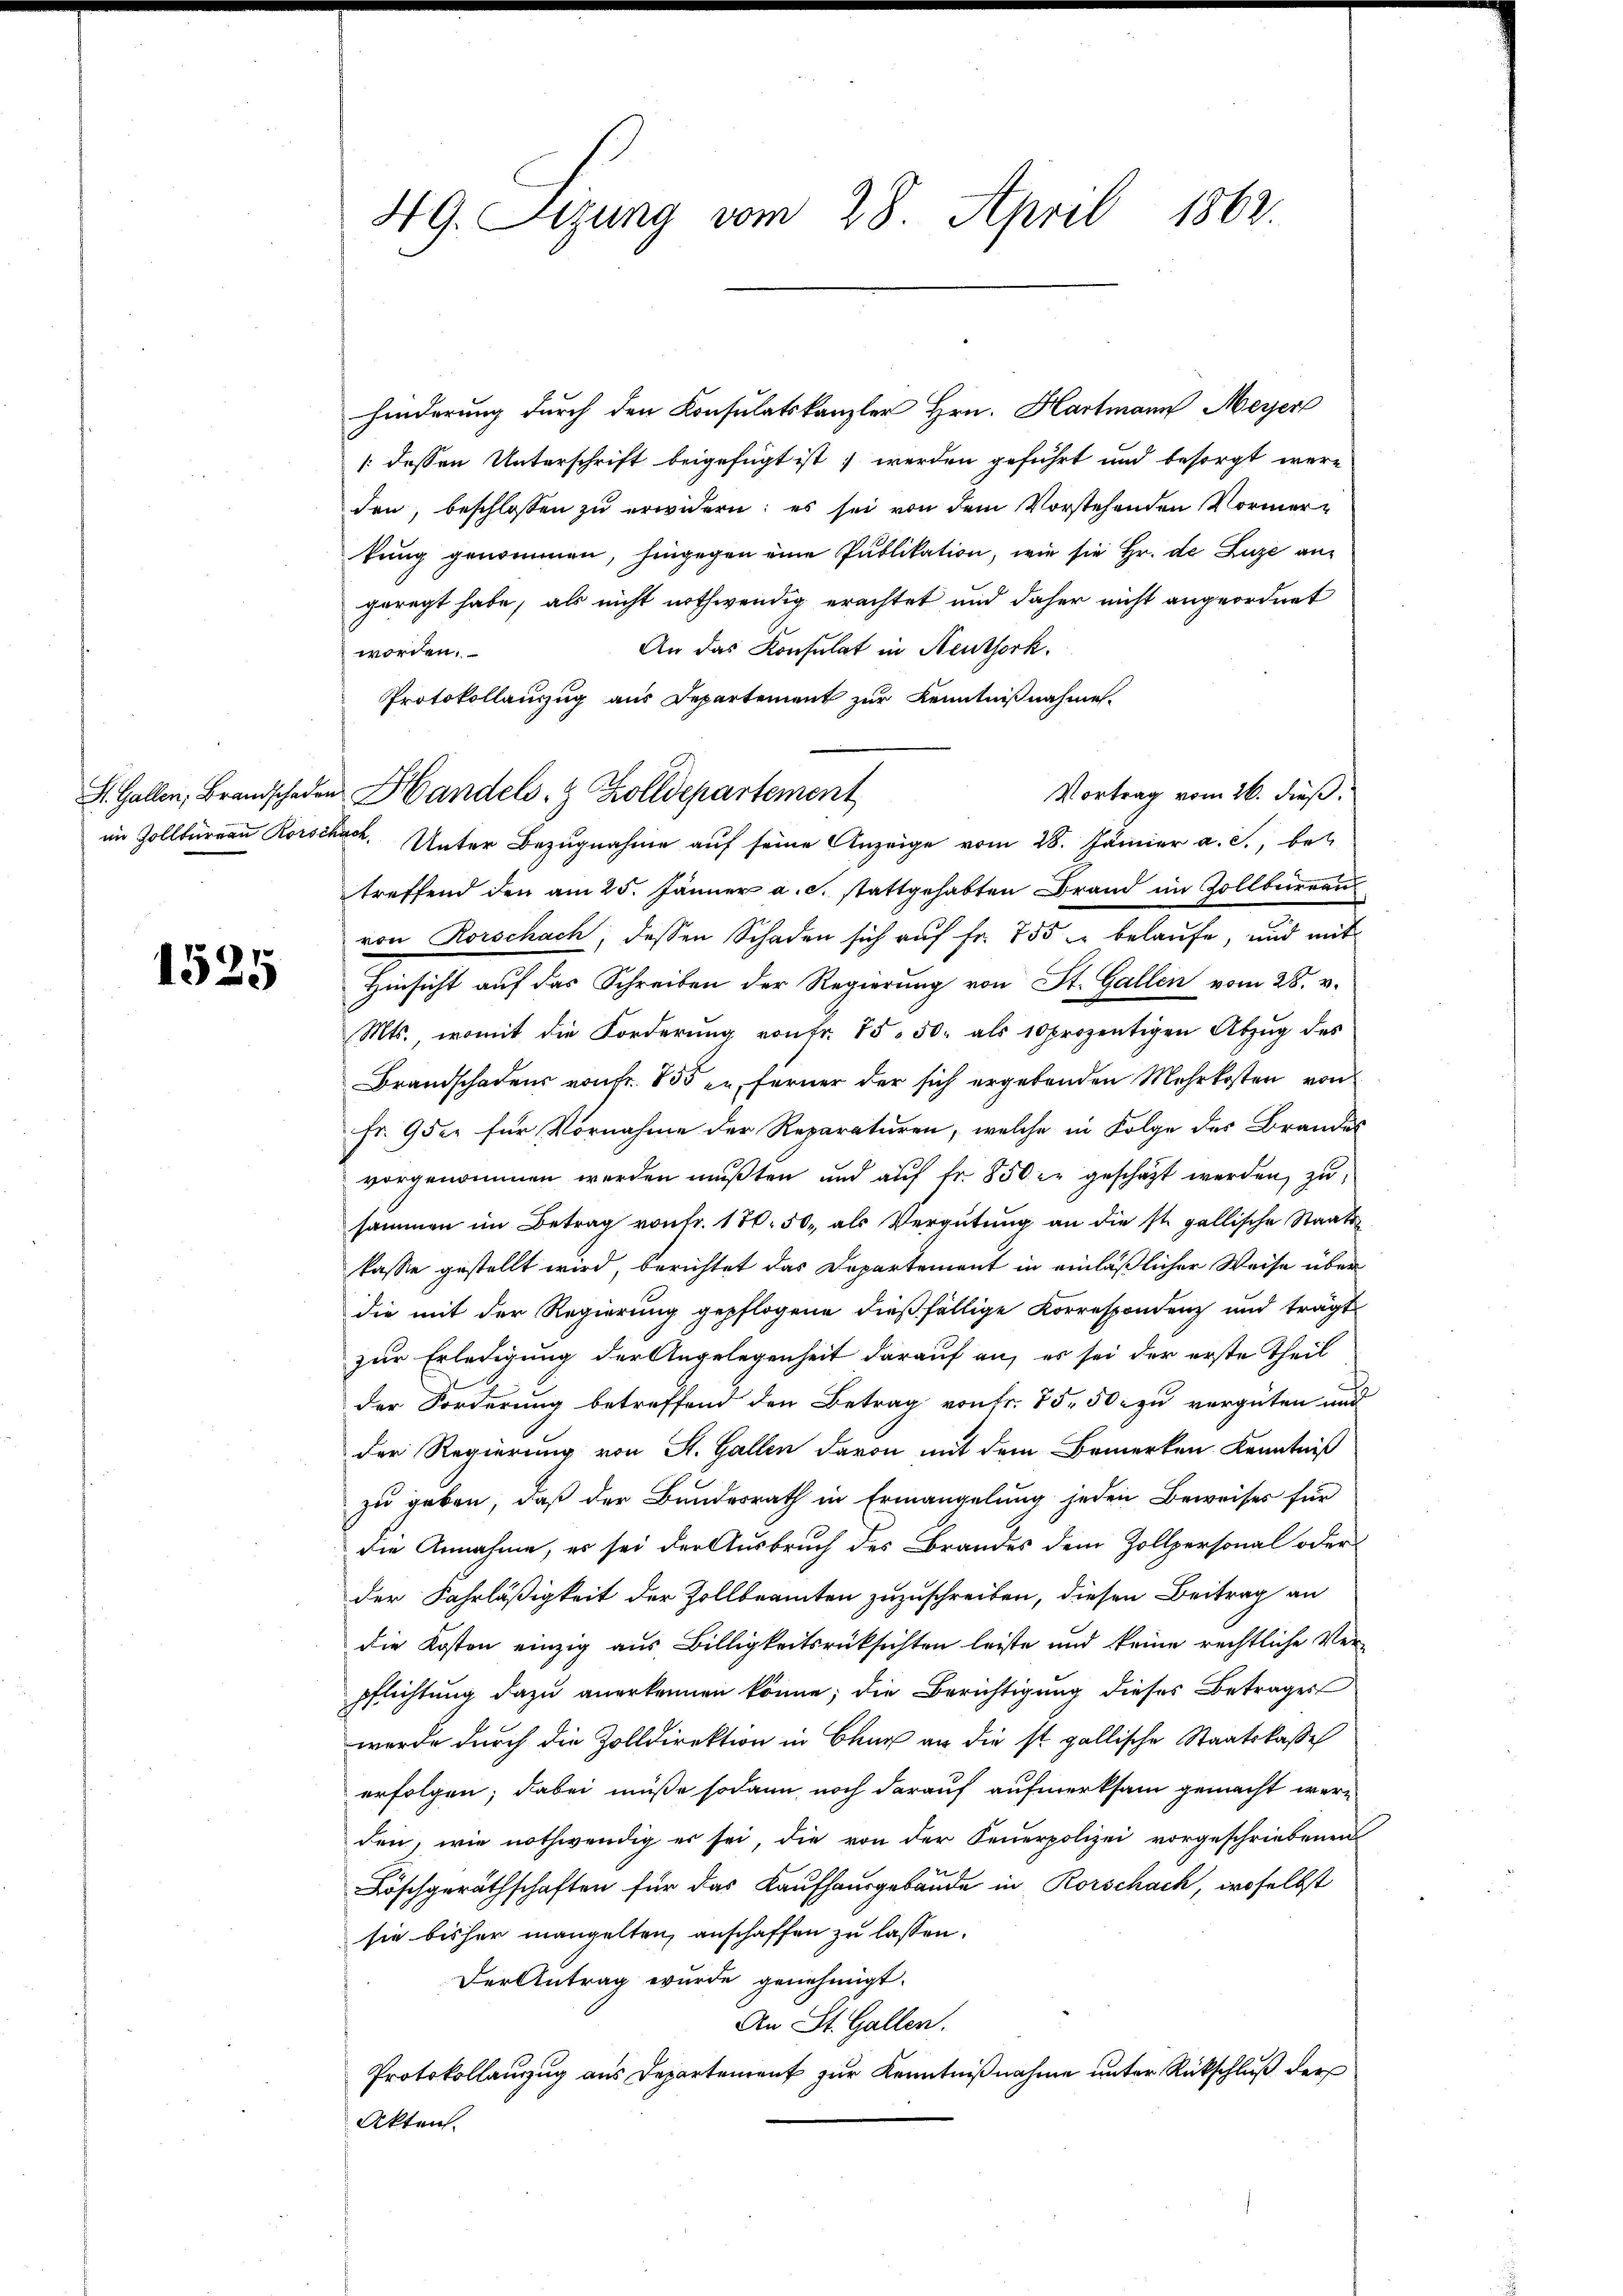
1525

49. Sizung vom 28. April 1862.

hinderung durch den Konsulatskanzler Hrn. Hartmann Meyer
/. dessen Unterschrift beigefügt ist werden geführt und besorgt werden, beschlossen zŭ erwidern: es sei von dem Vorstehenden Vormerkung genommen, hingegen eine Publikation, wie sie Hr. de Luze angeregt habe, als nicht nothwendig erachtet und daher nicht angeordnet
An das Konsulat in Neuthork.
worden.
Protokollauszug aus Departement zur Kenntnißnahme.
Vortrag vom 26. dieß.
im Zollbüreau Rorschach. Unter Bezugnahme auf seine Anzeige vom 28. Jäner a. c., bet
treffend den am 25. Jänner a.c. stattgehabten Brand im Zollbüreau
von Rorschach, dessen Schaden sich auf Fr. 755 u belaufe, und mit
Hinsicht auf das Schreiben der Regierung von St. Gallen vom 28. v.
Mts., womit die Forderŭng von fr. 85. 50. als 10 prozentigen Abzŭg des
Brandschadens von fr. 835 en ferner der sich ergebenden Mehrkosten von
Fr. 9 der für Vornahme der Reparaturen, welche in Folge des Brandes
vorgenommen werden mußten und auf fr. 850 er geschäzt werden, zu
sammen im Betrag von fr. 170. 50. als Vergütŭng an die st. gallische Staats-
kasse gestellt wird, berichtet das Departement in einläßlicher Weise über
die mit der Regierung gepflogene dießfällige Korrespondenz und trägt
zur Erledigung der Angelegenheit darauf an, es sei der erste Theil
der Forderung betreffend den Betrag von fr. 75. 50. zu vergüten und
der Regierung von St. Gallen davon mit dem Bemerken Kenntniß
zu geben, daß der Bundesrath in Ermangelung jeden Beweises für
die Annahme, es sei der Ausbruch des Brandes dem Zollpersonal oder
der Fahrläßigkeit der Zollbeamten zuzuschreiben, diesen Beitrag an
die Kosten einzig aus Billigkeitsrücksichten leiste und keine rechtliche Ver¬
Pflichtung dazu anerkennen könne; die Berichtigung dieses Betrages
wurde durch die Zolldirektion in Chur an die ist gallische Staatskasse
erfolgen; dabei müße sodann noch darauf aufmerksam gemacht werden, wie nothwendig er sei, die von der Feŭerpolizei vorgeschriebenen
Löschgeräthschaften für das Kaufhausgebäude in Rorschach, woselbst
sie bisher mangelten, anschaffen zu lassen.
Der Antrag wurde genehmigt.
An St. Gallen.
Protokollanzug aus Departement zur Kenntnißnahme unter Rückschluß der
Akten.

S. Gallen, Brandschaden Handels- & Zolldepartement